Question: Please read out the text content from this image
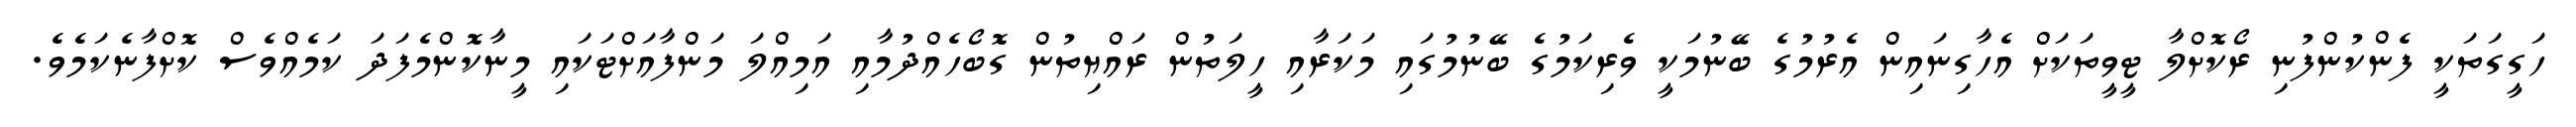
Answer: ހަގީގަތަކީ ފެންކުންފުނި ރޯކޮށްލާ ޓީވީތަކަށް އެހާގިނައިން އެރުމުގެ ބޭނުމަކީ ވެރިކަމުގެ ބޭނުމުގައި މަކަރާއި ހީލަތުން ރައްޔިތުން ގޮބޯހެއްދުމާއި އަމިއްލަ މަންފާއަށްޓަކައި މީނާކޮންމެފަދަ ކަމެއްވެސް ކޮށްފާނެކަމެވެ.